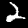
Label: 2